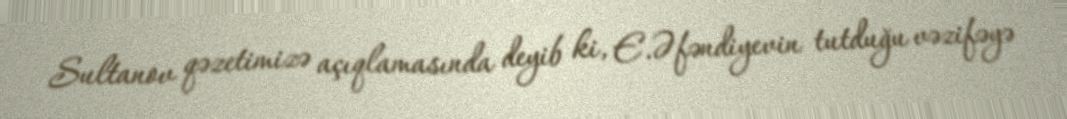
Sultanov qəzetimizə açıqlamasında deyib ki, E.Əfəndiyevin tutduğu vəzifəyə